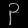
Digit: ၃